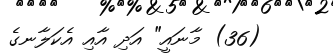
(36) މާނައީ" އަދި އާއި އެކަލާނގެ